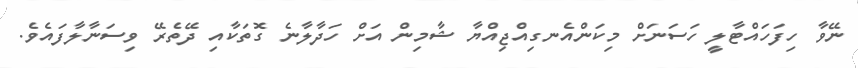
ނޭވާ ހިފަހައްޓާލީ ހަސަނަށް މިކަންއެނގިއްޖިއްޔާ ޝާމިން އަށް ހަދާލާނެ ގޮތަކާއި ދޭތެރޭ ވިސަނާލާފައެވެ.